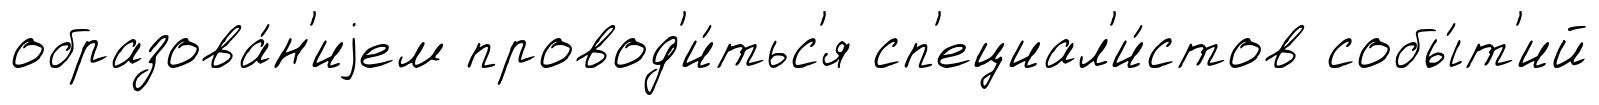
образова́н'иjем провод'и́тьс'я сп'ециал'и́стов собы́т'ий